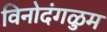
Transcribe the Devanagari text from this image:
विनोदंगळुम